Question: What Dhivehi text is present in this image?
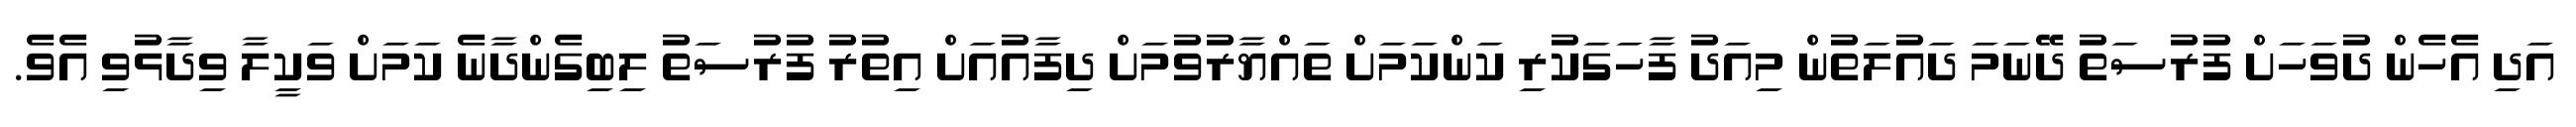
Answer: އަދި އެހެން ދުވަހަށް ފުރުސަތު ދޭނަމަ ދައުލަތުން މިއަދު ފާހަގަކުރި ކަންކަމަށް ތައްޔާރުވުމަށް ދިފާއުއަށް އިތުރު ފުރުސަތު ލިބިގެންދާނެ ކަމަށް ވަކީލާ ވިދާޅުވި އެވެ.